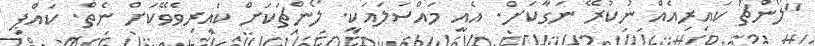
"ލޯންޗު ކައިރިއެއް ނުކުރޭ ނަގާކަށް. އެއީ މައްސަލައަކީ. ލޯންޗަކަށް ކައިރިވެވޭކަށް ނެތް. ކައްޕި